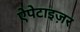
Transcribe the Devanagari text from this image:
ऐपेटाइज़र